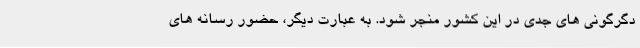
دگرگونی های جدی در این کشور منجر شود. به عبارت دیگر، حضور رسانه های